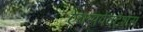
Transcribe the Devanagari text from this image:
ऐक्सपेक्टेशंस